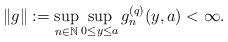
LaTeX: \begin{align*}\|g \| := \sup_{n\in\mathbb{N}} \sup_{0 \leq y \leq a}g^{(q)}_n(y,a) < \infty.\end{align*}